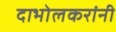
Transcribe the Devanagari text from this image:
दाभोलकरांनी